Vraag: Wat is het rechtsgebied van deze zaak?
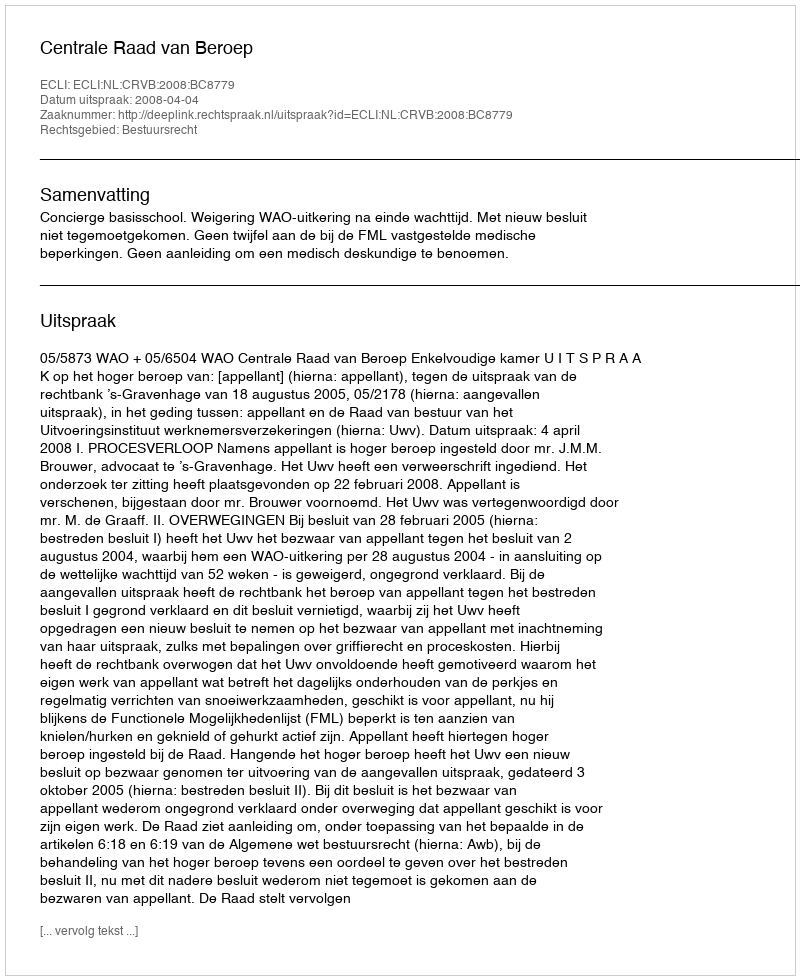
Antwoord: Bestuursrecht